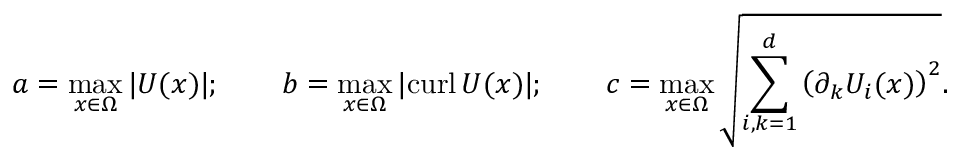
a = \operatorname* { m a x } _ { x \in \Omega } | U ( x ) | ; \qquad b = \operatorname* { m a x } _ { x \in \Omega } | \mathrm { c u r l } \, U ( x ) | ; \qquad c = \operatorname* { m a x } _ { x \in \Omega } \sqrt { \sum _ { i , k = 1 } ^ { d } \left( \partial _ { k } U _ { i } ( x ) \right) ^ { 2 } } .